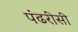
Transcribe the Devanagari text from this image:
पंढरीसी